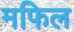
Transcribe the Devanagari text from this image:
मफिल